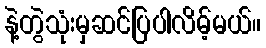
နဲ့တွဲသုံးမှဆင်ပြပါလိမ့်မယ်။